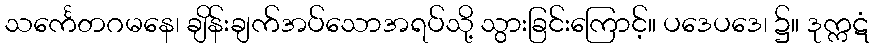
သင်္ကေတဂမနေ၊ ချိန်းချက်အပ်သောအရပ်သို့ သွားခြင်းကြောင့်။ ပဒေပဒေ၊ ၌။ ဒုက္ကဋံ